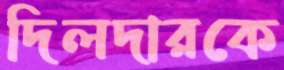
দিলদারকে